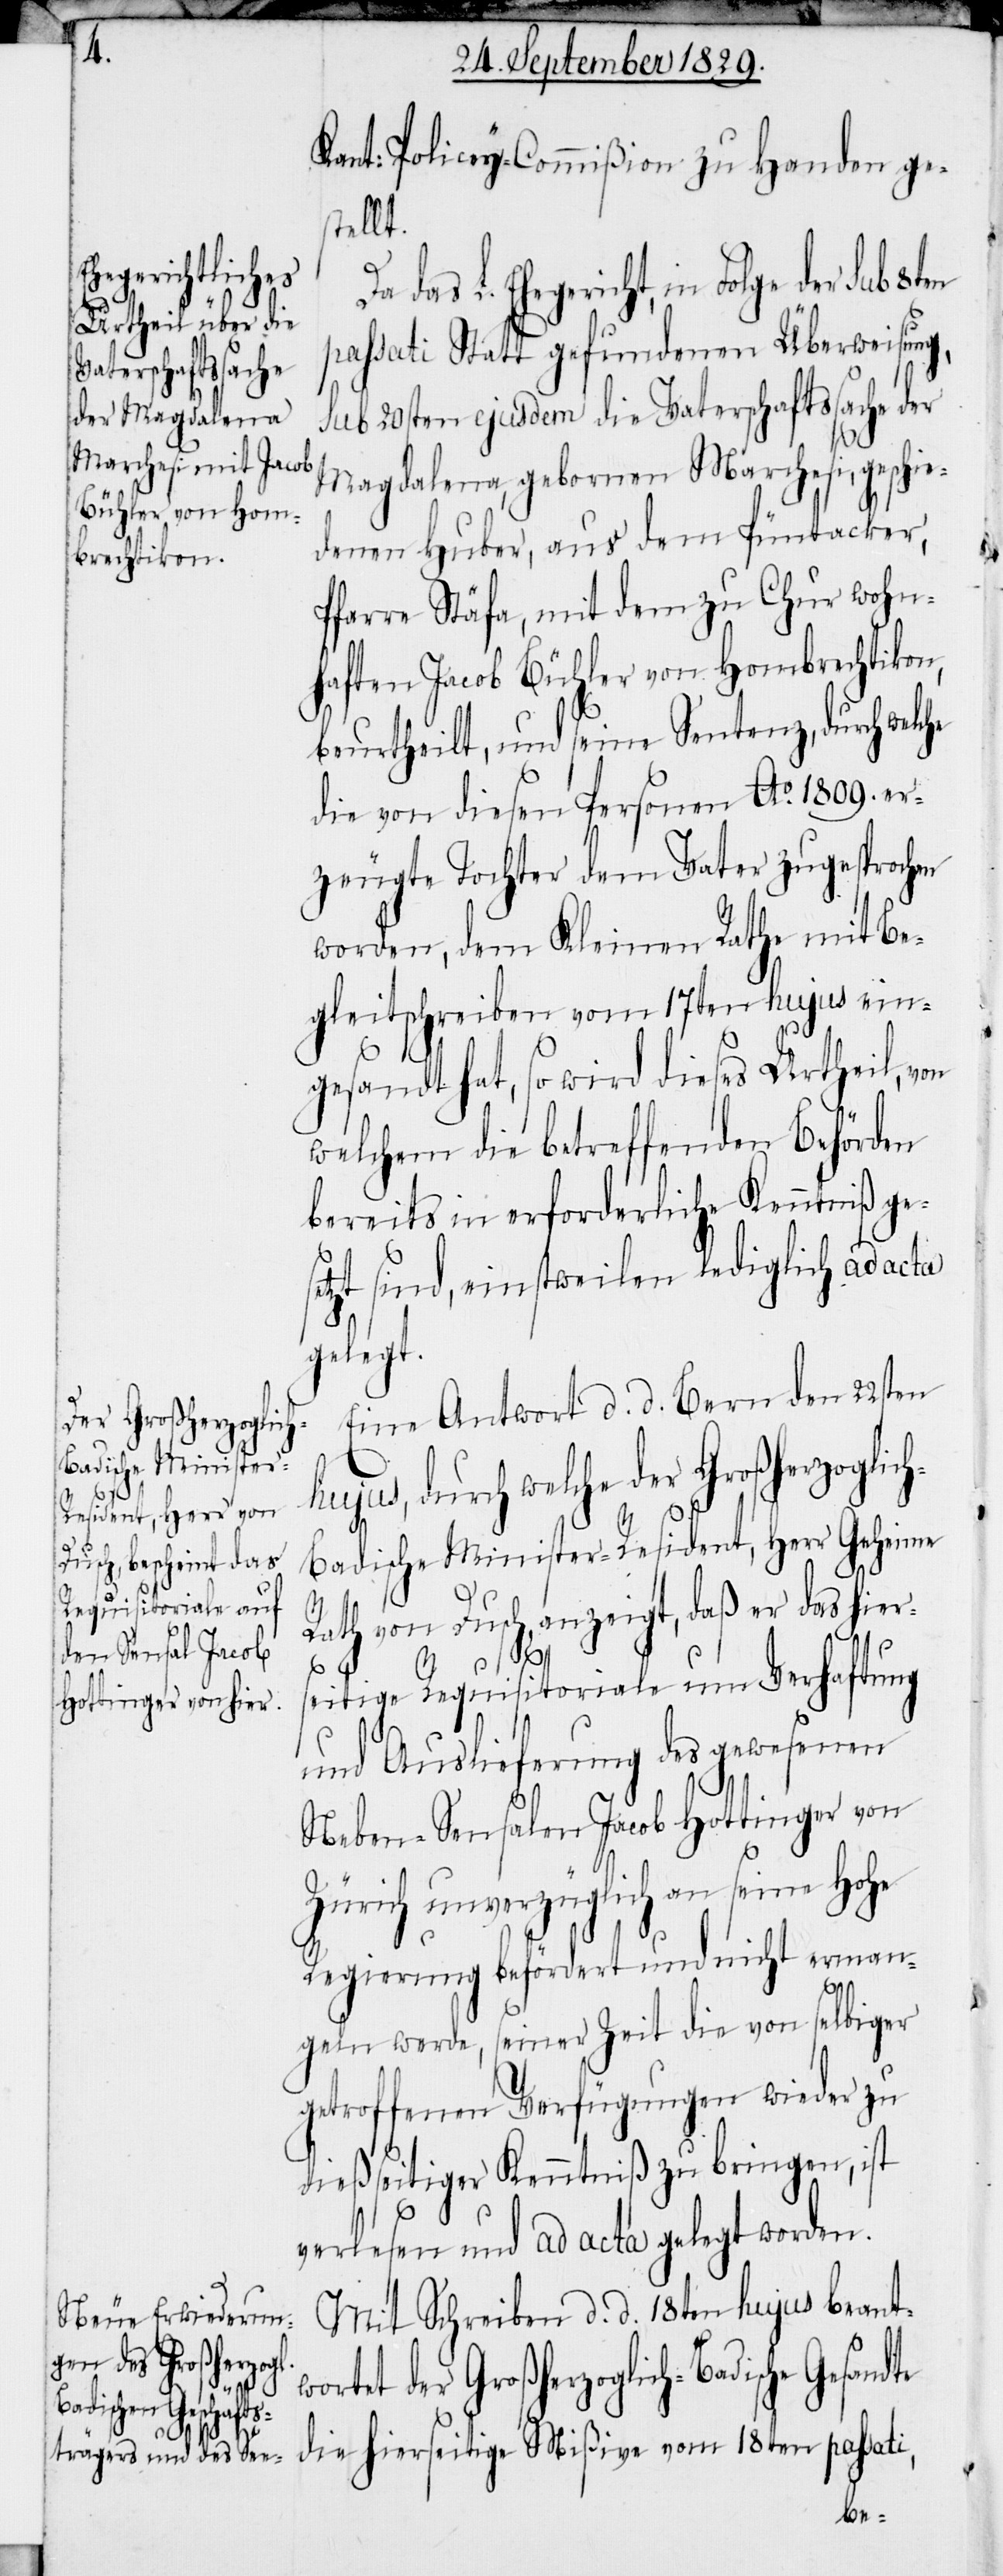
Kant: Policey-Commißion zu Handen ge¬
stellt.
das L. Ehegericht, in Folge der sub
passati Statt gefundenen Überweisung,
sub 20sten ejusdem die Vaterschaftssache der
Magdalena, gebornen Marchesi, geschie¬
denen Huber, aus dem Püntacker,
Pfarre Stäfa, mit dem zu Chur wohn¬
haften Jacob Bühler von Hombrechtikon,
beurtheilt, und seine Sentenz, durch welc¬
die von diesen Personen Ao. 1809. er¬
zeugte Tochter dem Vater zugesprochen
worden, dem Kleinen Rathe mit Be¬
gleitschreiben vom 17ten hujus ein¬
gesandt hat, so wird dieses Urtheil, von
welchem die betreffenden Behörden
bereits in erforderliche Kenntniß ges¬
etzt sind, einstweilen lediglich ad acta
gelegt.
Eine Antwort d. d. Bern den 22sten
hujus, durch welche der Großherzoglic¬
h-Badische Minister-Resident, Herr Geheime
dte
Rath von Dusch, anzeigt, daß er das hier¬
s¬
eitige Requisitoriale um Verhaftung
und Auslieferung des gewesenen
Neben-Sensalen Jacob Hottinger von
Zürich unverzüglich an seine Hohe
Regierung befördert und nicht erman¬
geln werde, seiner Zeit die von selbiger
getroffenen Verfügungen wieder zu
dießseitiger Kenntniß zu bringen, ist
verlesen und ad acta gelegt worden.
Mit Schreiben d. d. 18ten hujus beantw¬
ortet der Großherzoglich-Badische Gesan¬
die hierseitige Mißive vom 18ten passati,